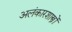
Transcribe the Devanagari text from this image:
अलंकारशास्त्रों